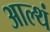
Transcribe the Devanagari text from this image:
आल्थं